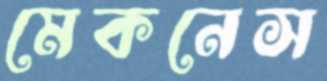
মেকনেস